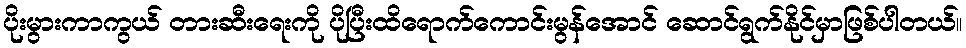
ပိုးမွားကာကွယ် တားဆီးရေးကို ပိုပြီးထိရောက်ကောင်းမွန်အောင် ဆောင်ရွက်နိုင်မှာဖြစ်ပါတယ်။